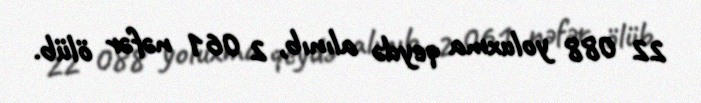
22 088 yoluxma qeydə alınıb, 2 061 nəfər ölüb.